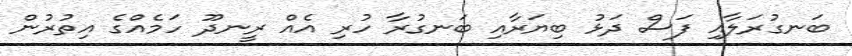
ބަނގުރަލާއި ފަސް ދަޅު ބިޔަރާއި ބަނގުރާ ހުރި އެއް ރީނދޫ ހަމެއްގެ އިތުރުން